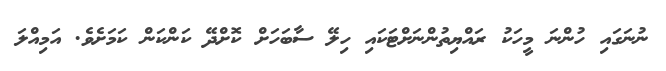
ނުނަގައި ހުންނަ މީހަކު ރައްޔިތުންނަށްޓަކައި ހިލޭ ސާބަހަށް ކޮށްދޭ ކަންކަން ކަމަށެވެ. އަމިއްލަ